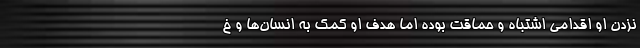
نزدن او اقدامی اشتباه و حماقت بوده اما هدف او کمک به انسان‌ها و خ